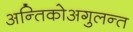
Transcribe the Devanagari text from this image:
अन्तिकोअगुलन्त